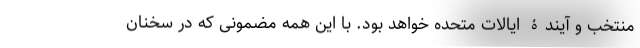
منتخب و آیندۀ ایالات متحده خواهد بود. با این همه مضمونی که در سخنان